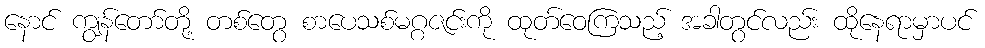
နောင် ကျွန်တော်တို့ တစ်တွေ စာပေသစ်မဂ္ဂဇင်းကို ထုတ်ဝေကြသည့် အခါတွင်လည်း ထိုနေရာမှာပင်